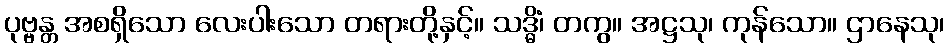
ပုဗ္ဗန္တ အစရှိသော လေးပါးသော တရားတို့နှင့်။ သဒ္ဓိံ၊ တကွ။ အဋ္ဌသု၊ ကုန်သော။ ဌာနေသု၊